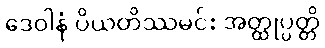
ဒေဝါနံ ပိယတိဿမင်း အတ္ထုပ္ပတ္တိ